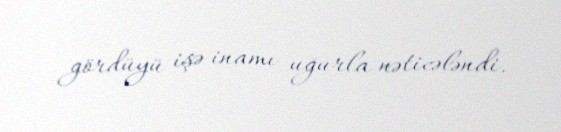
gördüyü işə inamı uğurla nəticələndi.